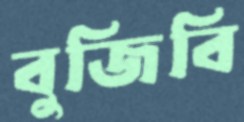
বুজিবি